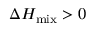
\Delta H _ { \mathrm { m i x } } > 0